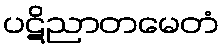
ပဋိညာတမေတံ